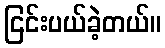
ငြင်းပယ်ခဲ့တယ်။